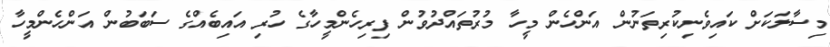
މިސާލަކަށް ކައިވެނިކުރިތަނުން އަންހެން މީހާ މުރުތައްދުވުން ފިރިހެންމީހާގެ ހުރި އައިބެއްގެ ސަބަބުން އަންހެންމީހާ